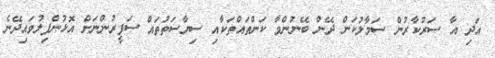
އަދި އާ ސަރުކާރުން ސަމާލުކަން ދޭން ބޭނުންވާ ކަންތައްތަކާއި ސިޔާސަތުތައް ސަފީރުންނަށް އޮޅުންފިލުވައިދޭނެ